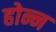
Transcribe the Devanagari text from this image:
होन्न